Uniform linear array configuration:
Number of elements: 64
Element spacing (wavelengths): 1
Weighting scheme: kaiser
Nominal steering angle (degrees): -30
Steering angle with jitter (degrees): -31.611
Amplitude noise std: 0.05
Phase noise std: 0.05

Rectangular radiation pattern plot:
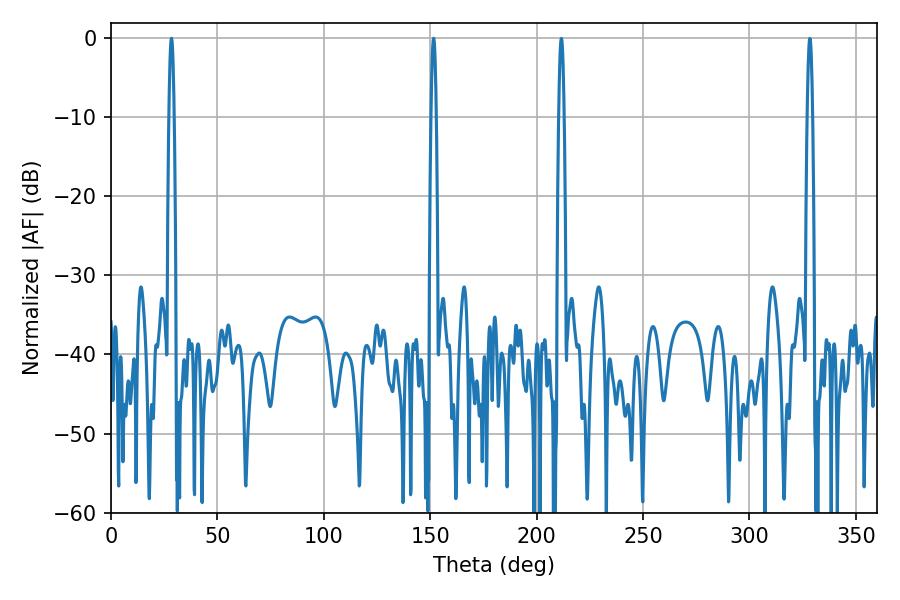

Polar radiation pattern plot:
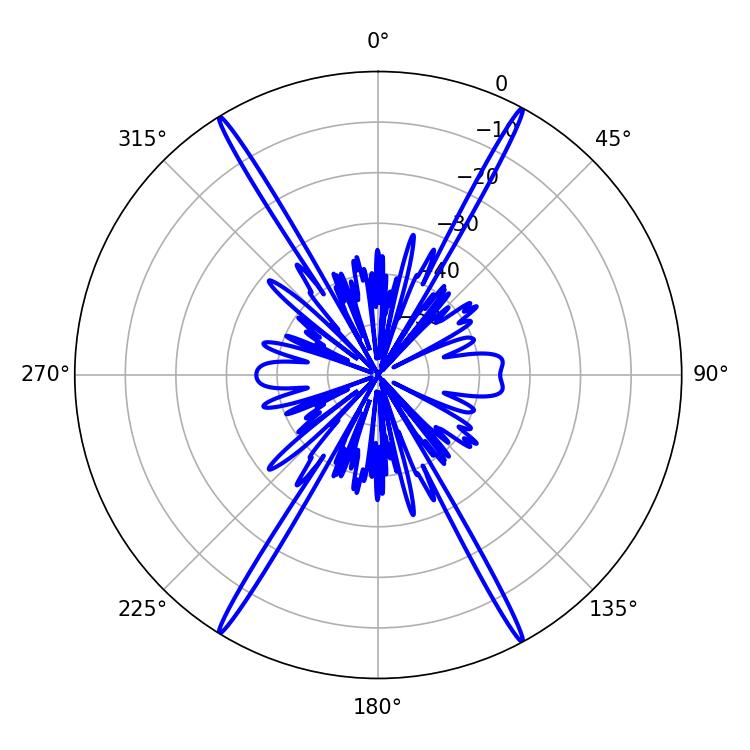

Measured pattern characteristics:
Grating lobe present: TRUE
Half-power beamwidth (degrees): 1.26
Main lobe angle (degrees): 151.56